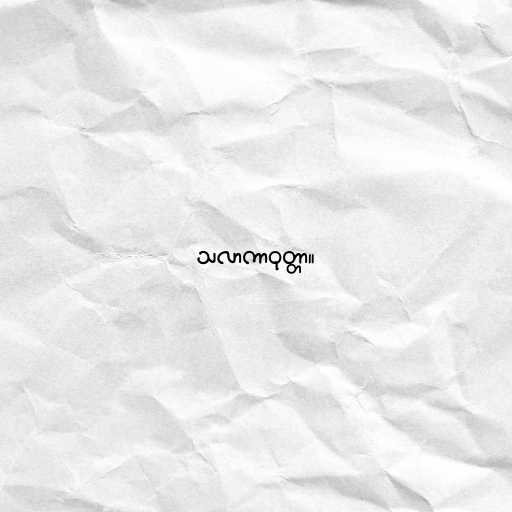
သလာကာဝုတ္တာ။